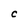
Character: C